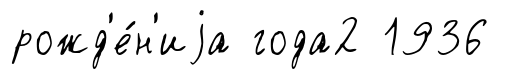
рожд'е́н'иjа года2 1936